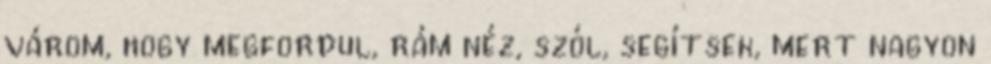
várom, hogy megfordul, rám néz, szól, segítsek, mert nagyon